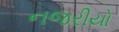
નજરીયો